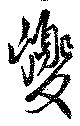
巎